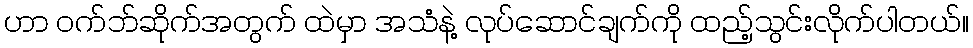
ဟာ ဝက်ဘ်ဆိုက်အတွက် ထဲမှာ အသံနဲ့ လုပ်ဆောင်ချက်ကို ထည့်သွင်းလိုက်ပါတယ်။